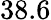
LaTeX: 38.6